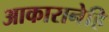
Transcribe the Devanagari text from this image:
आकारानेहि